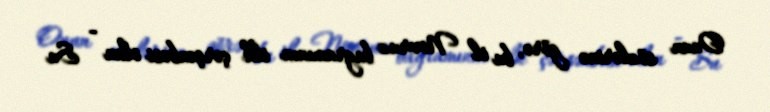
Onun sözlərinə görə, bu il Novruz bayramının ilk çərşənbəsi olan - Su